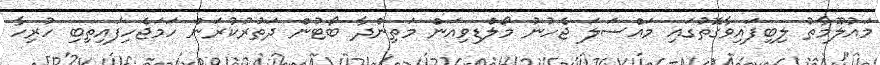
މައުލޫމާތު ލިބިފައިވާގޮތުގައި މައްސަލަ ޖެހުނު މޯލްޑިވިއަން މަތިންދާ ބޯޓުން ދަތުރުކުރަން ހަމަޖެހިފައިތިބި ހުރިހާ